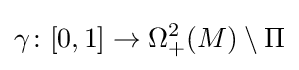
\gamma \colon [0,1]\rightarrow \Omega _{+}^{2}(M)\setminus \Pi